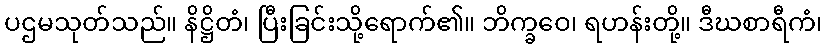
ပဌမသုတ်သည်။ နိဋ္ဌိတံ၊ ပြီးခြင်းသို့ရောက်၏။ ဘိက္ခဝေ၊ ရဟန်းတို့။ ဒီဃစာရီကံ၊